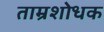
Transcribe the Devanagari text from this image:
ताम्रशोधक